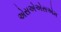
એસએએસએમ